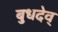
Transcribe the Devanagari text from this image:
बुधदेव्